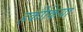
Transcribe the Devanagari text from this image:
हकीकिया